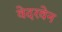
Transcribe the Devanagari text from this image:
वेदरवेन